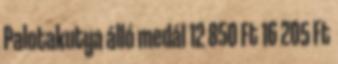
Palotakutya álló medál 12 850 Ft 16 205 Ft